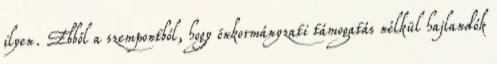
ilyen. Ebből a szempontból, hogy önkormányzati támogatás nélkül hajlandók